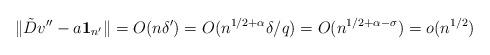
LaTeX: \begin{align*} \| \tilde Dv'' - a {\mathbf 1}_{n'} \| =O(n\delta')=O( n^{1/2+\alpha} \delta / q) = O(n^{1/2+\alpha -\sigma}) =o(n^{1/2})\end{align*}